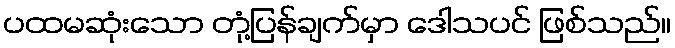
ပထမဆုံးသော တုံ့ပြန်ချက်မှာ ဒေါသပင် ဖြစ်သည်။